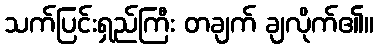
သက်ပြင်းရှည်ကြီး တချက် ချလိုက်၏။